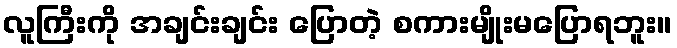
လူကြီးကို အချင်းချင်း ပြောတဲ့ စကားမျိုးမပြောရဘူး။